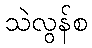
သဲလွန်စ